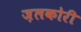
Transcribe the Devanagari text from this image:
ज़लकोरी